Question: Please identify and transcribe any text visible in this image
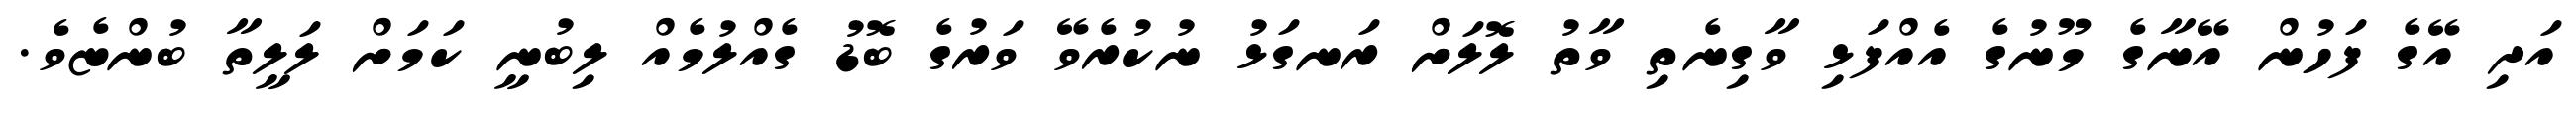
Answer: އަދި އޭގެ ފަހުން އޭނާގެ މޫނުގެ އެއްފަޅި ވާގިނެތި ވާތު ލޮލަށް ރަނގަޅު ނުކުރެވޭ ވަރުގެ ބޮޑު ގެއްލުމެއް ލިބުނީ ކަމަށް ލަލީތާ ބުންޏެވެ.